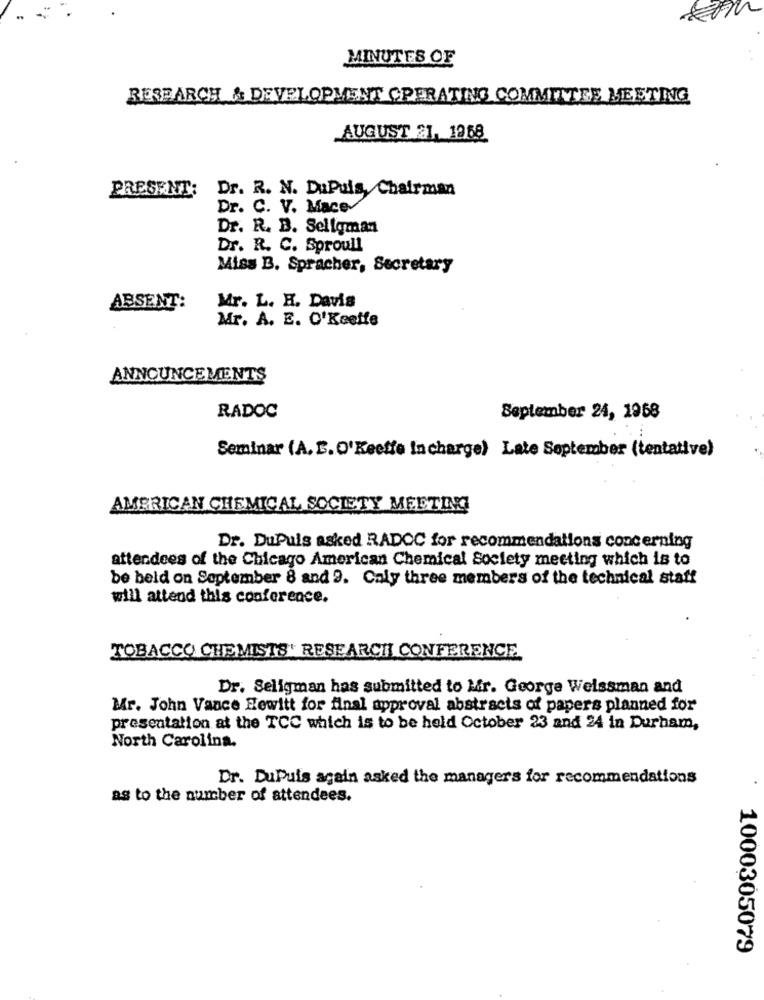
MINUTES OF
RESEARCH & DEVELOPMENT OPERATING COMMITTEE MEETING
AUGUST 21. 1968
PRESENT:
Dr. R. N. DuPuis, Chairman
Dr. C. V. Mace-
Dr. R. B. Seligman
Dr. R. C. Sproull
Miss B. Spracher, Secretary
Mr. L. H. Davis
ABSENT:
Mr. A. E. O'Keeffe
ANNOUNCEMENTS
RADOC
September 24, 1968
Seminar (A. E.O'Keeffe In charge) Late September (tentative)
AMERICAN CHEMICAL SOCIETY MEETING
Dr. DuPuis asked RADOC for recommendations concerning
attendees of the Chicago American Chemical Society meeting which is to
be held on September 8 and 9. Caly three members of the technical staff
will attend this conference.
TOBACCO CHEMISTS' RESEARCH CONFERENCE
Dr. Seligman has submitted to Mr. George Weissman and
Mr. John Vance Hewitt for final approval abstracts of papers planned for
presentation at the TCC which is to be held October 23 and 24 in Durham,
North Carolina.
Dr. DuPuis again asked the managers for recommendations
as to the number of attendees.
1000305079